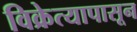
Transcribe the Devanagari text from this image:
विक्रेत्यापासून